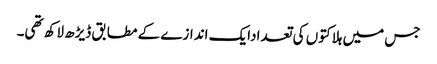
جس میں ہلاکتوں کی تعدادایک اندازے کے مطابق ڈیڑھ لاکھ تھی۔